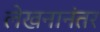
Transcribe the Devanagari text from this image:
लेखनानंतर